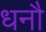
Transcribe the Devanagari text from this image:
धनौ